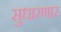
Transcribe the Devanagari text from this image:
सुधारणार